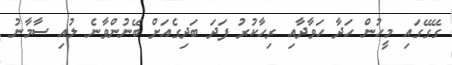
ގޭގޭގައި މީހުން ހަދާ ހަވާދާއި ރިހާކުރު ފަދަ ބަދިގެއަށް ބޭނުންވާނެ ލުއި ސާމާނު